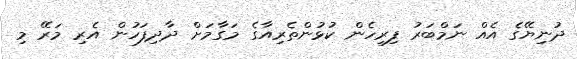
ދުނިޔޭގެ އެއް ނަމްބަރު ފިރިހެން ކުޅުންތެރިއާގެ މަގާމަށް ދާދިފަހުން އެރި މަރޭ މި